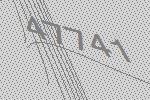
47741